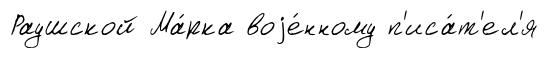
Раушской Ма́рка воjе́нному п'иса́т'ел'я